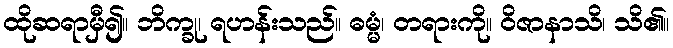
ထိုဆရာမှီ၍။ ဘိက္ခု၊ ရဟန်းသည်။ ဓမ္မံ၊ တရားကို။ ဝိဇာနာသိ၊ သိ၏။